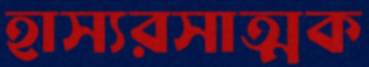
হাস্যরসাত্মক